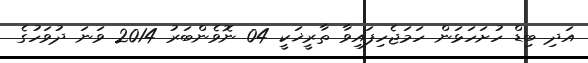
އަދި ބިޑް ހުށަހަޅަން ހަމަޖެހިފައިވާ ތާރީޚަކީ 04 ނޮވެންބަރު 2014 ވަނަ ދުވަހުގެ